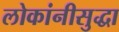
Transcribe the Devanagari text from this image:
लोकांनीसुद्धा